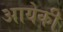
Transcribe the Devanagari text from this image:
आयेकी